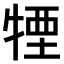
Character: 𤚕